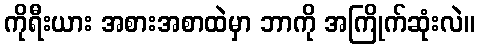
ကိုရီးယား အစားအစာထဲမှာ ဘာကို အကြိုက်ဆုံးလဲ။